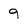
Character: q